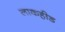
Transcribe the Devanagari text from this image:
लाकहीड